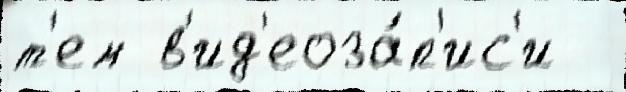
т'ем в'ид'еоза́п'ис'и